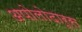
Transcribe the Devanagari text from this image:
अपोलोदारूस